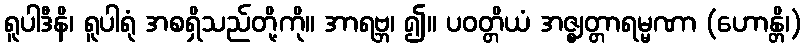
ရူပါဒီနိ၊ ရူပါရုံ အစရှိသည်တို့ကို။ အာရဗ္ဘ၊ ၍။ ပဝတ္တိယံ အဇ္ဈတ္တာရမ္မဏာ (ဟောန္တိ၊)